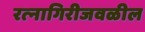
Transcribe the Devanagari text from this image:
रत्‍नागिरीजवळील